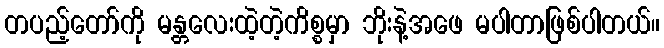
တပည့်တော်ကို မန္တလေးထဲ့တဲ့ကိစ္စမှာ ဘိုးနဲ့အဖေ မပါတာဖြစ်ပါတယ်။